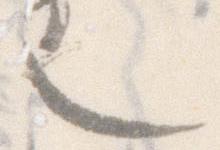
也